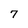
Character: 7